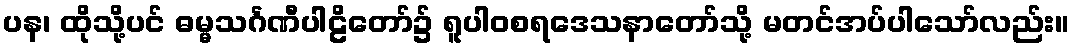
ပန၊ ထိုသို့ပင် ဓမ္မသင်္ဂဏီပါဠိတော်၌ ရူပါဝစရဒေသနာတော်သို့ မတင်အပ်ပါသော်လည်း။